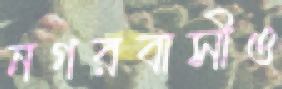
নগরবাসীও